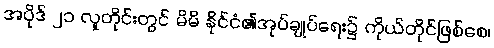
အပိုဒ် ၂၁ လူတိုင်းတွင် မိမိ နိုင်ငံ၏အုပ်ချုပ်ရေး၌ ကိုယ်တိုင်ဖြစ်စေ၊